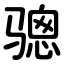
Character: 骢